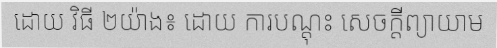
ដោយ វិធី ២យ៉ាង៖ ដោយ ការបណ្តុះ សេចក្តីព្យាយាម